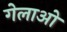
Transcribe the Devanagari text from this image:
गेलाओ